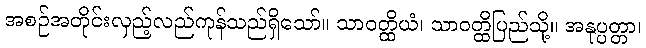
အစဉ်အတိုင်းလှည့်လည်ကုန်သည်ရှိသော်။ သာဝတ္ထိယံ၊ သာဝတ္ထိပြည်သို့။ အနုပ္ပတ္တာ၊